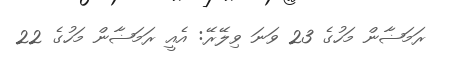
ރަމަޟާން މަހުގެ 23 ވަނަ ވިލޭރޭ: އެއީ ރަމަޟާން މަހުގެ 22